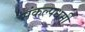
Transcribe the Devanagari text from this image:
संकल्पधर्मी